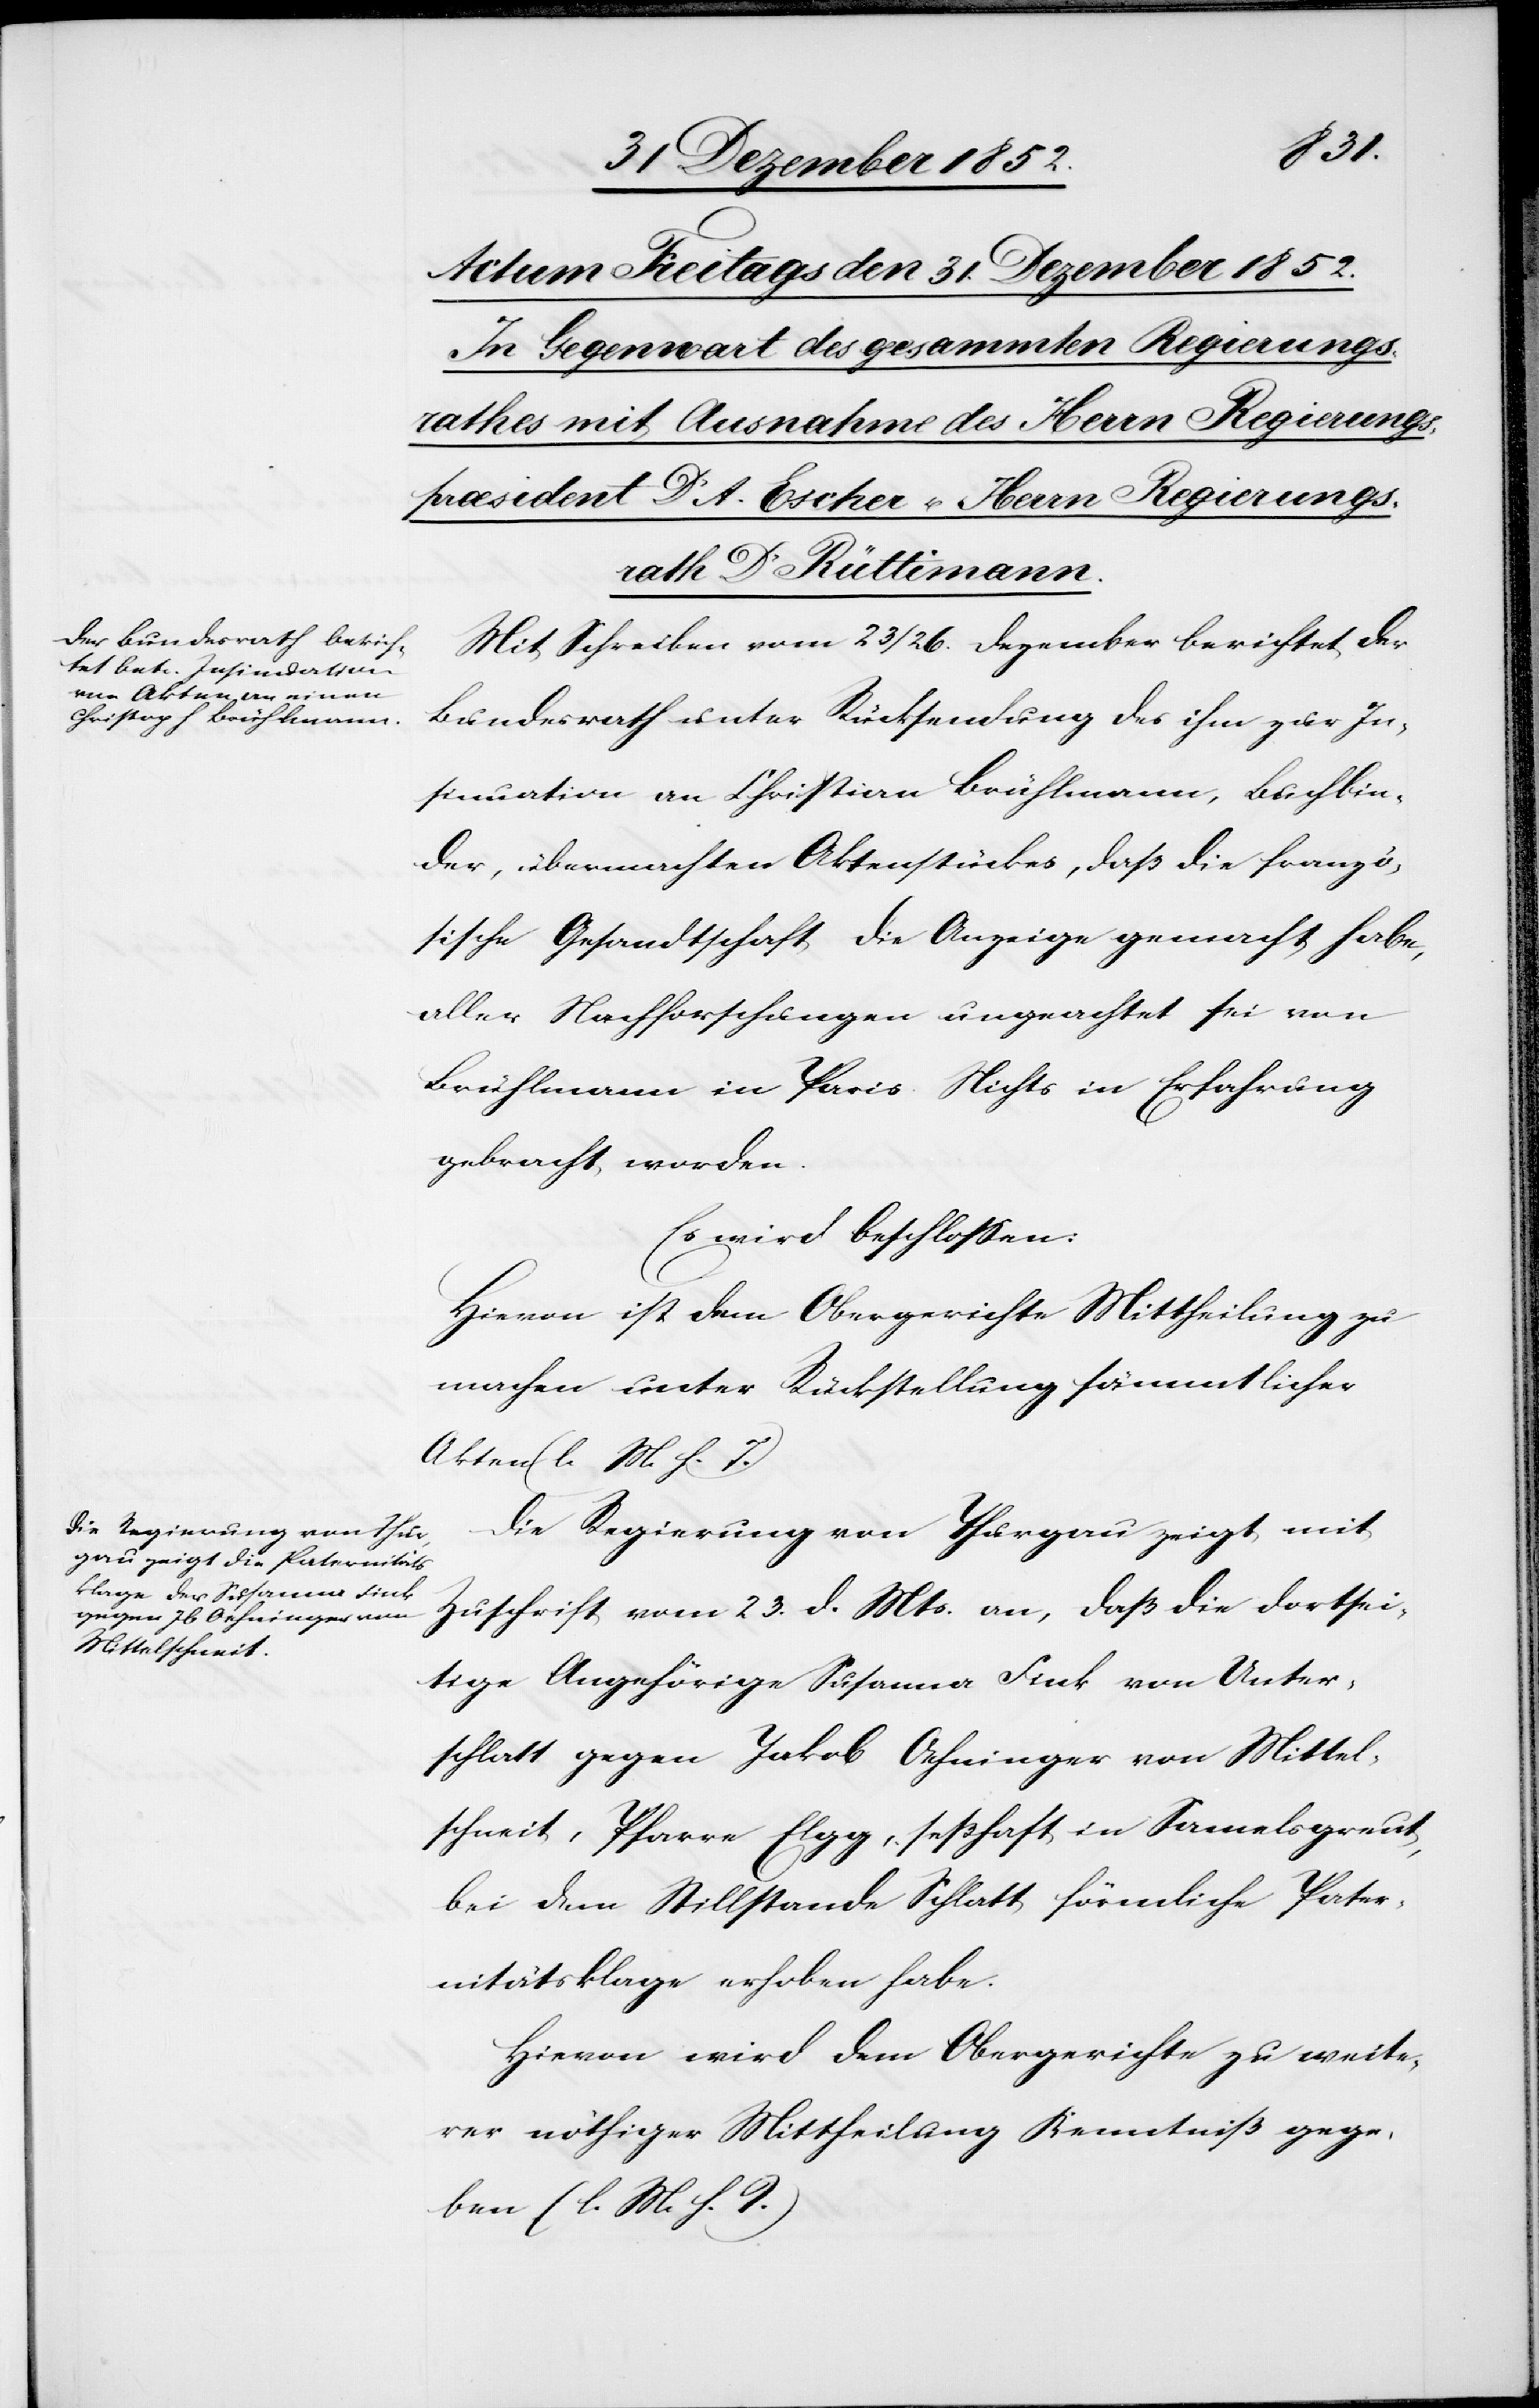
Mit Schreiben vom 23 / 26. Dezember berichtet der
Bundesrath unter Rücksendung des ihm zur In¬
sinuation an Christian [sic!] Brühlmann, Buchbin¬
der, übermachten Aktenstückes, daß die franzö¬
sische Gesandtschaft die Anzeige gemacht habe,
aller Nachforschungen ungeachtet sei von
Brühlmann in Paris Nichts in Erfahrung
gebracht worden.
Es wird beschlossen:
Hievon ist dem Obergerichte Mittheilung zu
machen unter Rückstellung sämmtlicher
Akten (l. M. h. T.)
Die Regierung von Thurgau zeigt mit
Zuschrift vom 23. d. Mts. an, daß die dortsei¬
tige Angehörige Susanne Fink von Unter¬
schlatt gegen Jakob Oehninger von Mittel¬
schneit, Pfarre Elgg, seßhaft in Samelsgreut,
bei dem Stillstande Schlatt förmliche Pater¬
nitätsklage erhoben habe.
Hievon wird dem Obergerichte zu weite¬
rer nöthiger Mittheilung Kenntniß gege¬
ben (l. M. h. T.)